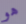
هو